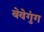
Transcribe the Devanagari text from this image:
बेवेगुंग